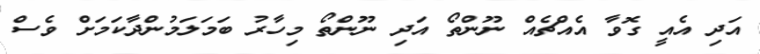
އަދި އެއީ ގޮވާ އެއްޗެއް ނޫންތޯ އަދި ނޫންތޯ މިހާރު ބަމަލަމުންދާކަމަށް ވެސް